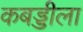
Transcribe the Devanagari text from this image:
कबड्डीला